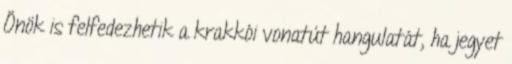
Önök is felfedezhetik a krakkói vonatút hangulatát, ha jegyet